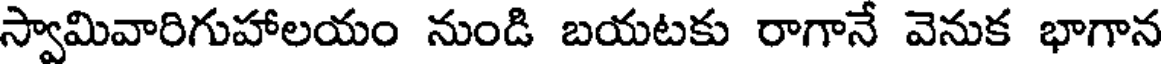
స్వామివారిగుహాలయం నుండి బయటకు రాగానే వెనుక భాగాన